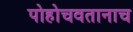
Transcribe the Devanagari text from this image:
पोहोचवतानाच